Indian journal of veterinary science and animal husbandry - Volume 10,
Year: 1940
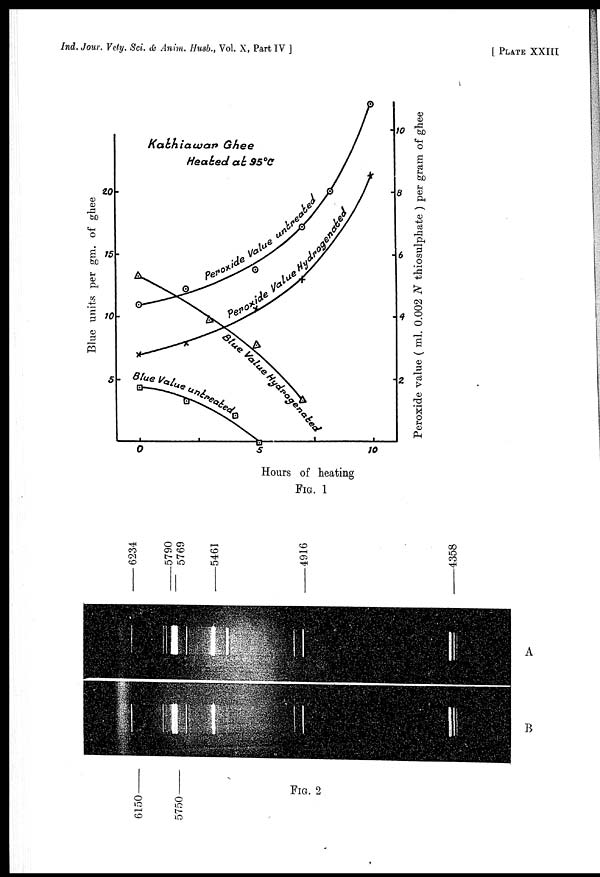
Ind. Jour. Vety. Sci. & Anim. Husb., Vol. X, Part IV ]
[
PLATE
XXIII
FIG. 1
FIG. 2